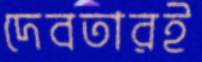
দেবতারই